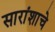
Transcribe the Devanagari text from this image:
सारांशाचे